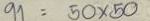
91 = 50 x 50